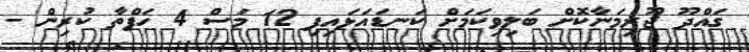
ގައްދޫ ޖޫރިމަނާކޮށް ބަލިވިކަމަށް ކަނޑައަޅައިފި 12 މަސް 4 ހަފްތާ ކުރިން -